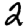
Digit: 2